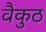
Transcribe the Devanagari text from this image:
वैकुठ